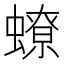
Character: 蟟